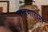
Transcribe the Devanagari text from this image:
पाहणारांना